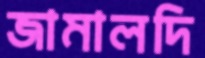
জামালদি